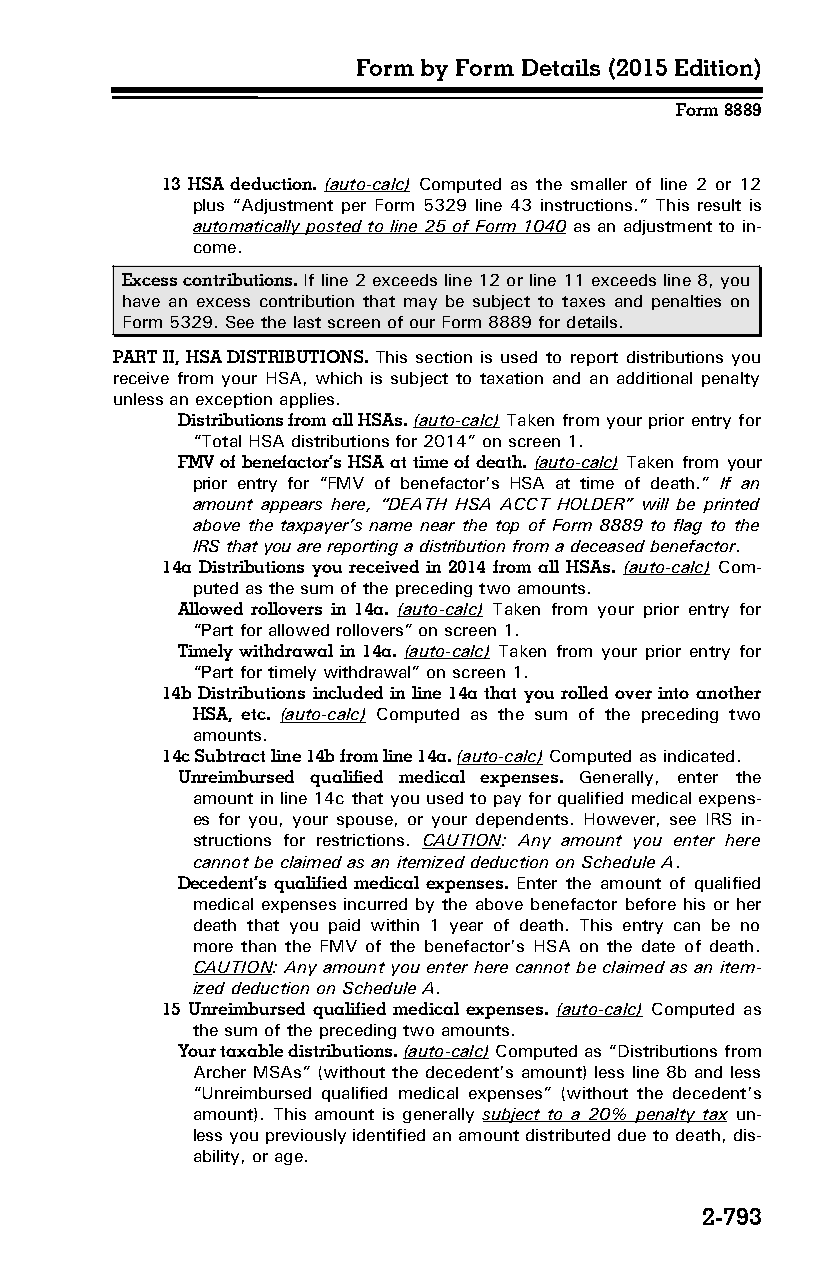
Form by Form Details (2015 Edition)
 Form 8889
 13 HSA deduction. (auto-calc) Computed as the smaller of line 2 or 12
 plus “Adjustment per Form 5329 line 43 instructions.” This result is
 automatically posted to line 25 of Form 1040 as an adjustment to in­
 come.
 Excess contributions. If line 2 exceeds line 12 or line 11 exceeds line 8, you
 have an excess contribution that may be subject to taxes and penalties on
 Form 5329. See the last screen of our Form 8889 for details.
 PART II, HSA DISTRIBUTIONS. This section is used to report distributions you
 receive from your HSA, which is subject to taxation and an additional penalty
 unless an exception applies.
 Distributions from all HSAs. (auto-calc) Taken from your prior entry for
 “Total HSA distributions for 2014” on screen 1.
 FMV of benefactor’s HSA at time of death. (auto-calc) Taken from your
 prior entry for “FMV of benefactor’s HSA at time of death.” If an
 amount appears here, “DEATH HSA ACCT HOLDER” will be printed
 above the taxpayer’s name near the top of Form 8889 to flag to the
 IRS that you are reporting a distribution from a deceased benefactor.
 14a Distributions you received in 2014 from all HSAs. (auto-calc) Com­
 puted as the sum of the preceding two amounts.
 Allowed rollovers in 14a. (auto-calc) Taken from your prior entry for
 “Part for allowed rollovers” on screen 1.
 Timely withdrawal in 14a. (auto-calc) Taken from your prior entry for
 “Part for timely withdrawal” on screen 1.
 14b Distributions included in line 14a that you rolled over into another
 HSA, etc. (auto-calc) Computed as the sum of the preceding two
 amounts.
 14c Subtract line 14b from line 14a. (auto-calc) Computed as indicated.
 Unreimbursed qualified medical expenses. Generally, enter the
 amount in line 14c that you used to pay for qualified medical expens­
 es for you, your spouse, or your dependents. However, see IRS in­
 structions for restrictions. CAUTION: Any amount you enter here
 cannot be claimed as an itemized deduction on Schedule A.
 Decedent’s qualified medical expenses. Enter the amount of qualified
 medical expenses incurred by the above benefactor before his or her
 death that you paid within 1 year of death. This entry can be no
 more than the FMV of the benefactor’s HSA on the date of death.
 CAUTION: Any amount you enter here cannot be claimed as an item­
 ized deduction on Schedule A.
 15 Unreimbursed qualified medical expenses. (auto-calc) Computed as
 the sum of the preceding two amounts.
 Your taxable distributions. (auto-calc) Computed as “Distributions from
 Archer MSAs” (without the decedent’s amount) less line 8b and less
 “Unreimbursed qualified medical expenses” (without the decedent’s
 amount). This amount is generally subject to a 20% penalty tax un­
 less you previously identified an amount distributed due to death, dis­
 ability, or age.
 2-793